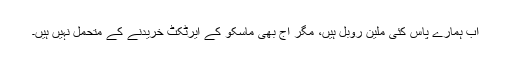
اب ہمارے پاس کئی ملین روبل ہیں، مگر آج بھی ماسکو کے ایرٹکٹ خریدنے کے متحمل نہیں ہیں۔